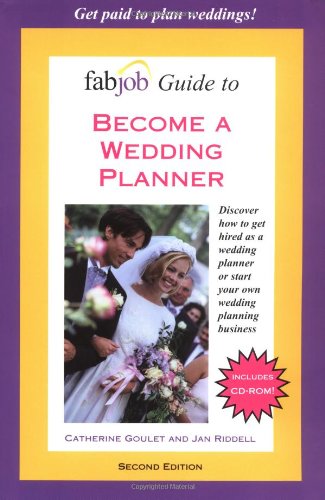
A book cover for FabJob Guide to Become a Wedding Planner (FabJob Guides); Catherine Goulet; Crafts, Hobbies & Home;